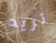
تريد